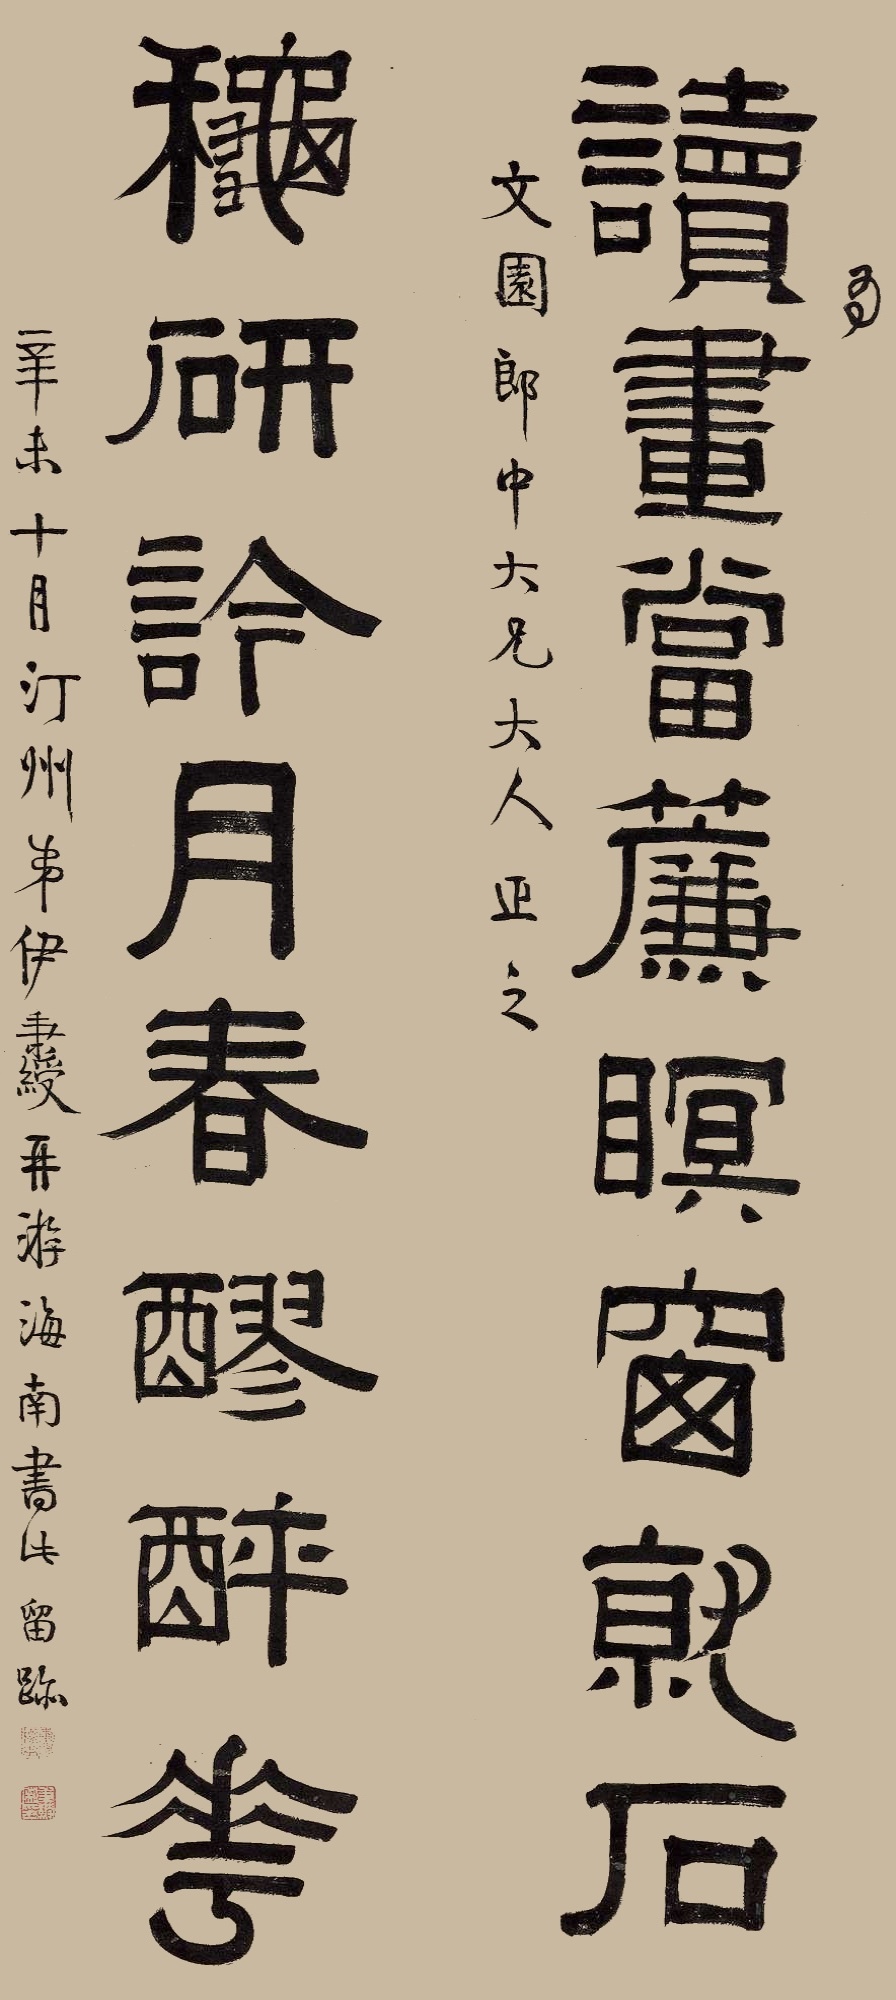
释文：读书当廉暝窗就石，秋研訡月春醪醉花。为文园郎中大兄大人正之，辛未十月，汀州弟伊秉绶再游海南书此留迹。